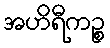
အဟိရီကဉ္စ